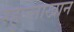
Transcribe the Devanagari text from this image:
रहुल्लाखान